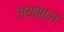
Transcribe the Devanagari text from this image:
जयमाल